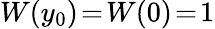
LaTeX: W(y_{0})\! =\! W(0)\! =\! 1